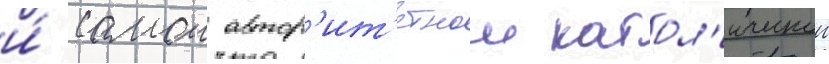
и́ самои автор'ит'етнои катол'ическои